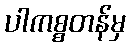
ပါကစ္စတန်မှ